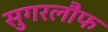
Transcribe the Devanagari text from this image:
सुगरलौफ